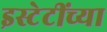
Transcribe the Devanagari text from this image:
इस्टेटींच्या